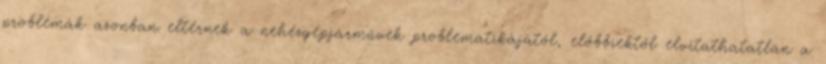
problémák azonban eltérnek a nehézgépjárművek problematikájától, előbbiektől elvitathatatlan a